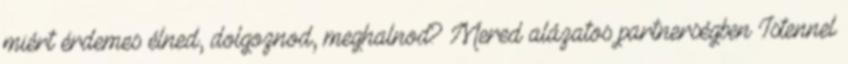
miért érdemes élned, dolgoznod, meghalnod? Mered alázatos partnerségben Istennel